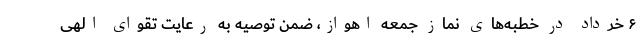
۶ خرداد در خطبه‌های نماز جمعه اهواز، ضمن توصیه به رعایت تقوای الهی